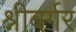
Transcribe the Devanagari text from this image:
श्नीबर्गर